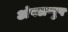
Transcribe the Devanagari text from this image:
अंपलप्पुष